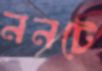
ননটে